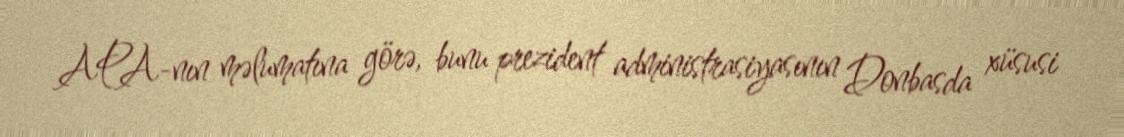
APA-nın məlumatına görə, bunu prezident administrasiyasının Donbasda xüsusi